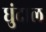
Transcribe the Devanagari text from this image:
धुंदाल